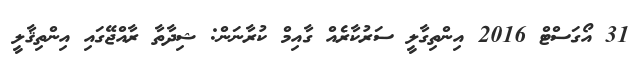
31 އޯގަސްޓް 2016 އިންތިގާލީ ސަރުކާރެެއް ގާއިމް ކުރާނަން: ޝިދާތާ ރާއްޖޭގައި އިންތިޤާލީ